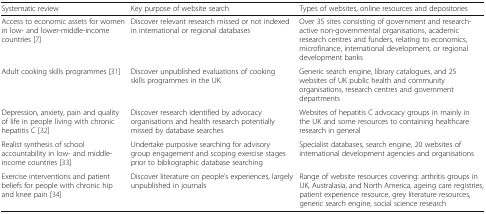
| Systematic review | Key purpose of website search | Types of websites, online resources and depositories |
 | --- | --- | --- |
 | Access to economic assets for women in low- and lower-middle-income countries [7] | Discover relevant research missed or not indexed in international or regional databases | Over 35 sites consisting of government and research-active non-governmental organisations, academic research centres and funders, relating to economics, microfinance, international development, or regional development banks |
 | Adult cooking skills programmes [31] | Discover unpublished evaluations of cooking skills programmes in the UK | Generic search engine, library catalogues, and 25 websites of UK public health and community organisations, research centres and government departments |
 | Depression, anxiety, pain and quality of life in people living with chronic hepatitis C [32] | Discover research identified by advocacy organisations and health research potentially missed by database searches | Websites of hepatitis C advocacy groups in mainly in the UK and some resources to containing healthcare research in general |
 | Realist synthesis of school accountability in low- and middle-income countries [33] | Undertake purposive searching for advisory group engagement and scoping exercise stages prior to bibliographic database searching | Specialist databases, search engine, 20 websites of international development agencies and organisations |
 | Exercise interventions and patient beliefs for people with chronic hip and knee pain [34] | Discover literature on people’s experiences, largely unpublished in journals | Range of website resources covering: arthritis groups in UK, Australasia, and North America, ageing care registries, patient experience resource, grey literature resources, generic search engine, social science research |